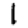
Digit: 1